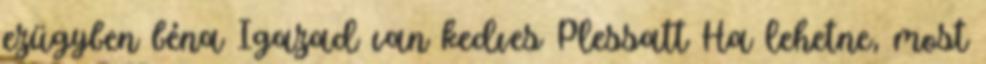
ezügyben béna Igazad van kedves Plessatt Ha lehetne, most